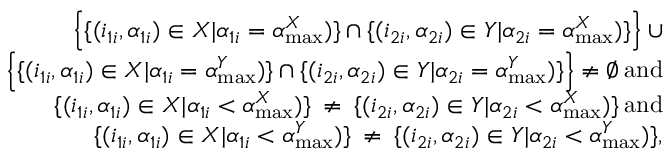
\begin{array} { r } { \Bigl \{ \{ ( i _ { 1 i } , \alpha _ { 1 i } ) \in X | \alpha _ { 1 i } = \alpha _ { \operatorname* { m a x } } ^ { X } ) \} \cap \{ ( i _ { 2 i } , \alpha _ { 2 i } ) \in Y | \alpha _ { 2 i } = \alpha _ { \operatorname* { m a x } } ^ { X } ) \} \Bigl \} \: \cup } \\ { \Bigl \{ \{ ( i _ { 1 i } , \alpha _ { 1 i } ) \in X | \alpha _ { 1 i } = \alpha _ { \operatorname* { m a x } } ^ { Y } ) \} \cap \{ ( i _ { 2 i } , \alpha _ { 2 i } ) \in Y | \alpha _ { 2 i } = \alpha _ { \operatorname* { m a x } } ^ { Y } ) \} \Bigl \} \: \neq \emptyset \: \mathrm { a n d } } \\ { \{ ( i _ { 1 i } , \alpha _ { 1 i } ) \in X | \alpha _ { 1 i } < \alpha _ { \operatorname* { m a x } } ^ { X } ) \} \: \neq \: \{ ( i _ { 2 i } , \alpha _ { 2 i } ) \in Y | \alpha _ { 2 i } < \alpha _ { \operatorname* { m a x } } ^ { X } ) \} \: \mathrm { a n d } } \\ { \{ ( i _ { 1 i } , \alpha _ { 1 i } ) \in X | \alpha _ { 1 i } < \alpha _ { \operatorname* { m a x } } ^ { Y } ) \} \: \neq \: \{ ( i _ { 2 i } , \alpha _ { 2 i } ) \in Y | \alpha _ { 2 i } < \alpha _ { \operatorname* { m a x } } ^ { Y } ) \} , } \end{array}